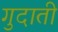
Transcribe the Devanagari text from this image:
गुदाती